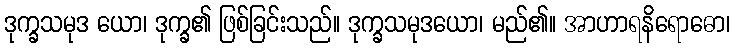
ဒုက္ခသမုဒ ယော၊ ဒုက္ခ၏ ဖြစ်ခြင်းသည်။ ဒုက္ခသမုဒယော၊ မည်၏။ အာဟာရနိရောဓော၊